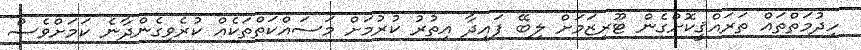
ހިދުމަތްތައް ތަރައްޤީކޮށްގެން ޓޫރިޒަމަށް ލިބޭ ފައިދާ އިތުރު ކުރުމަށް މަސައްކަތްތަކެއް ކުރެވިގެންދާނެ ކަމަށްވެސް